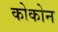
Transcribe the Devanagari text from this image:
कोकोन